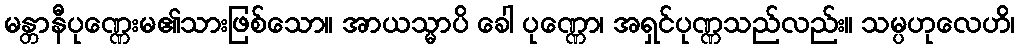
မန္တာနီပုဏ္ဏေးမ၏သားဖြစ်သော။ အာယသ္မာပိ ခေါ ပုဏ္ဏော၊ အရှင်ပုဏ္ဏသည်လည်း။ သမ္ပဟုလေဟိ၊